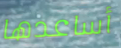
أساعدها